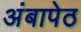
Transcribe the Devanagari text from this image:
अंबापेठ